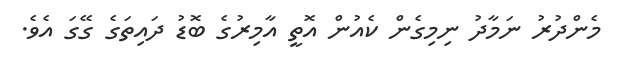
މެންދުރު ނަމާދު ނިމިގެން ކެއުން އޮތީ އާމިރުގެ ބޮޑު ދައިތަގެ ގޭގަ އެވެ.